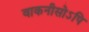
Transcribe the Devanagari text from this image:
वाकनीसोऽपि